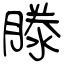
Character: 滕